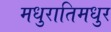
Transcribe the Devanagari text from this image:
मधुरातिमधुर